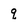
Character: q